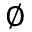
\varnothing